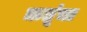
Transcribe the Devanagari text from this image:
ऋतूंचा